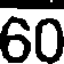
60